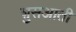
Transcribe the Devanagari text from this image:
शुसआती